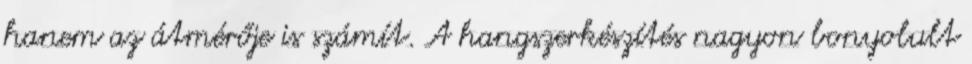
hanem az átmérője is számít. A hangszerkészítés nagyon bonyolult